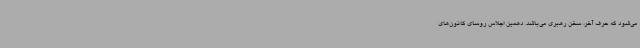
می‌شود که حرف آخر، سخن رهبری می‌باشد. دهمین اجلاس روسای کانون‌های